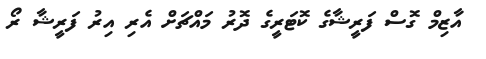
އާޒިމް ގޮސް ފަރީޝާގެ ކޮޓަރީގެ ދޮރު މައްޗަށް އެރި އިރު ފަރީޝާ ރޯ